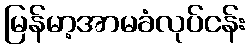
မြန်မာ့အာမခံလုပ်ငန်း